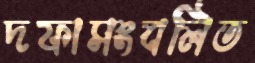
দফাসংবলিত